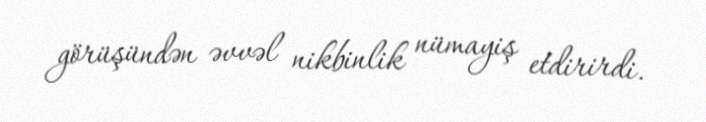
görüşündən əvvəl nikbinlik nümayiş etdirirdi.